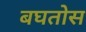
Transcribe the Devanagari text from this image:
बघतोस